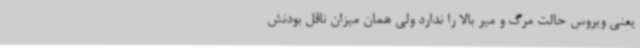
یعنی ویروس حالت مرگ و میر بالا را ندارد ولی همان میزان ناقل بودنش